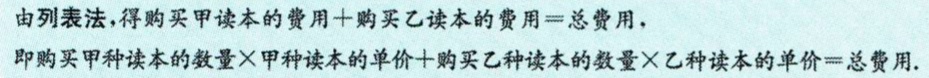
由列表法，得购买甲读本的费用+购买乙读本的费用=总费用.

即购买甲种读本的数量×甲种读本的单价+购买乙种读本的数量×乙种读本的单价=总费用.